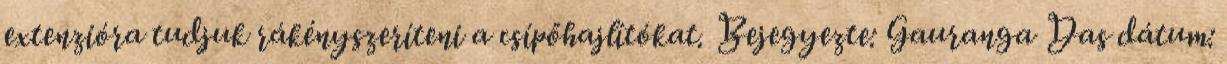
extenzióra tudjuk rákényszeríteni a csípőhajlítókat. Bejegyezte: Gauranga Das dátum: